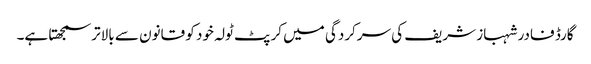
گارڈ فادر شہباز شریف کی سرکردگی میں کرپٹ ٹولہ خود کو قانون سے بالاتر سمجھتا ہے۔